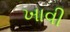
ખાવી